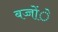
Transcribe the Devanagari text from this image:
बच्चोंे